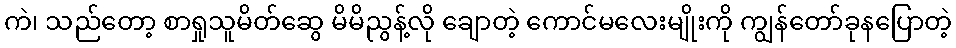
ကဲ၊ သည်တော့ စာရှုသူမိတ်ဆွေ မိမိညွန့်လို ချောတဲ့ ကောင်မလေးမျိုးကို ကျွန်တော်ခုနပြောတဲ့